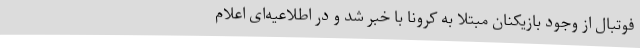
فوتبال از وجود بازیکنان مبتلا به کرونا با خبر شد و در اطلاعیه‌ای اعلام